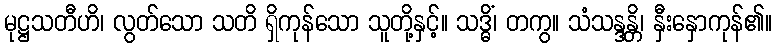
မုဋ္ဌသတီဟိ၊ လွတ်သော သတိ ရှိကုန်သော သူတို့နှင့်။ သဒ္ဓိံ၊ တကွ။ သံသန္ဒန္တိ၊ နှီးနှောကုန်၏။